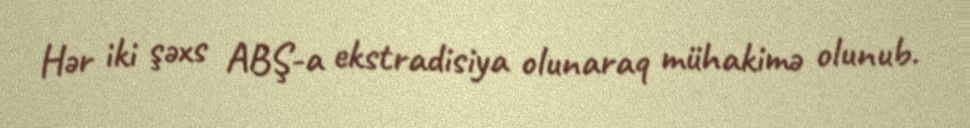
Hər iki şəxs ABŞ-a ekstradisiya olunaraq mühakimə olunub.